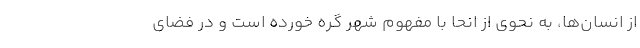
از انسان‌ها، به نحوی از انحا با مفهوم شهر گره خورده است و در فضای